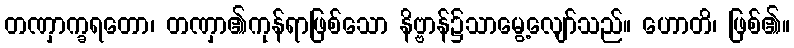
တဏှာက္ခရတော၊ တဏှာ၏ကုန်ရာဖြစ်သော နိဗ္ဗာန်၌သာမွေ့လျော်သည်။ ဟောတိ၊ ဖြစ်၏။